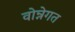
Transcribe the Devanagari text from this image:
वोन्नेगत